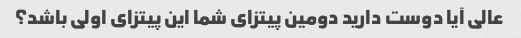
عالی آیا دوست دارید دومین پیتزای شما این پیتزای اولی باشد؟